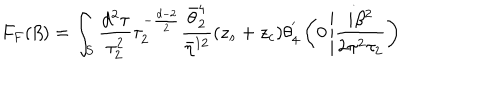
LaTeX: F _ { F } ( \beta ) = \int _ { S } \frac { d ^ { 2 } \tau } { \tau _ { 2 } ^ { 2 } } \tau _ { 2 } ^ { - \frac { d - 2 } { 2 } } \frac { \bar { \theta } _ { 2 } ^ { 4 } } { \bar { \eta } ^ { 1 2 } } ( z _ { s } + z _ { c } ) \theta _ { 4 } ^ { ' } \left( 0 \left| \frac { i \beta ^ { 2 } } { 2 \pi ^ { 2 } \tau _ { 2 } } \right. \right)